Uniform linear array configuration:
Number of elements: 8
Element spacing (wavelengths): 1
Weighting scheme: cosine
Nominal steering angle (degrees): -45
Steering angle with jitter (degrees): -43.322
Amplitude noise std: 0.05
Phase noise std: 0.05

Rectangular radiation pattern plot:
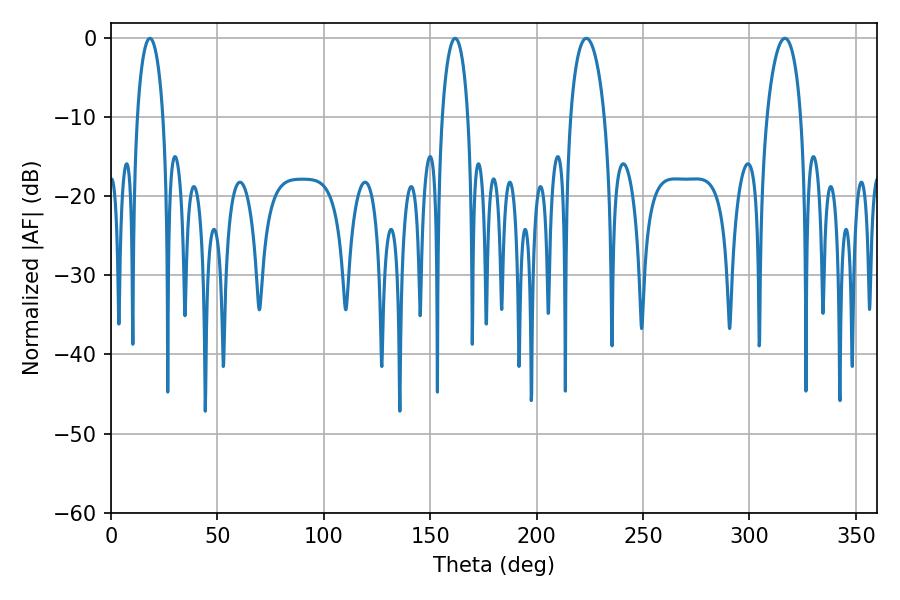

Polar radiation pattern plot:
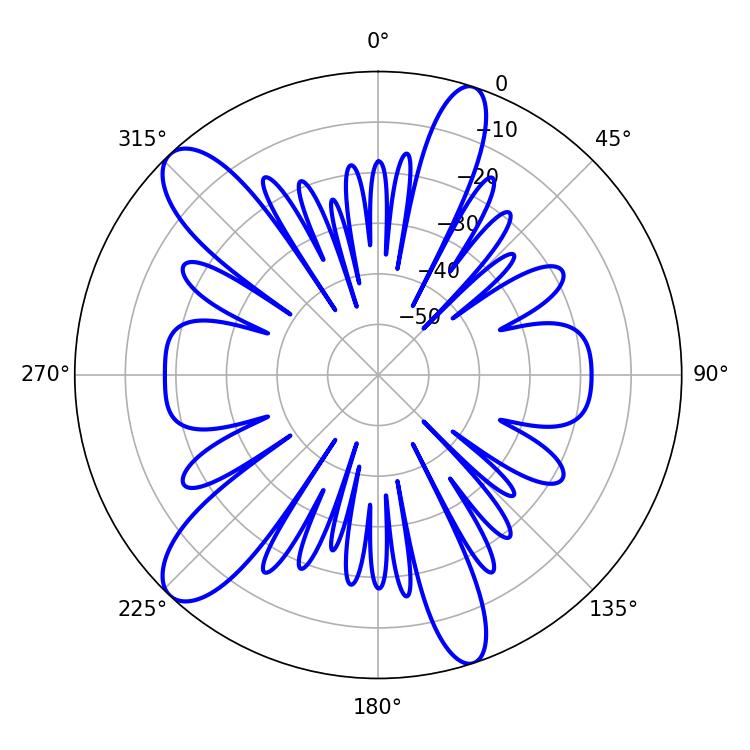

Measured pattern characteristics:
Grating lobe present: TRUE
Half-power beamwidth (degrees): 9.18
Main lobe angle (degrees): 223.38